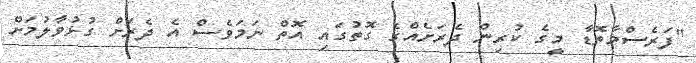
"ފަރެސްމާތޮޑާ މީގެ ކުރިން ދެރަށެއްގެ ގޮތުގައި އޮތް ނަމަވެސް އެ ދެރަށް ގުޅުވާލުމަށް